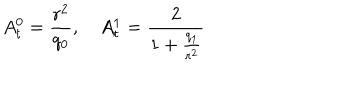
LaTeX: A _ { t } ^ { 0 } = \frac { r ^ { 2 } } { q _ { 0 } } , \quad A _ { t } ^ { 1 } = \frac { 2 } { 1 + \frac { q _ { 1 } } { r ^ { 2 } } }